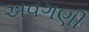
અવગણી